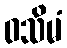
ဝသိမံ